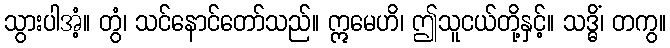
သွားပါအံ့။ တွံ၊ သင်နောင်တော်သည်။ ဣမေဟိ၊ ဤသူငယ်တို့နှင့်။ သဒ္ဓိံ၊ တကွ။